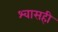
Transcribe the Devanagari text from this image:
श्‍वासही